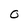
Character: O